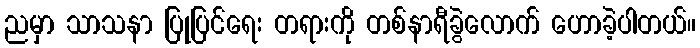
ညမှာ သာသနာ ပြုပြင်ရေး တရားကို တစ်နာရီခွဲလောက် ဟောခဲ့ပါတယ်။